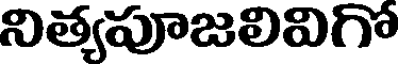
నిత్యపూజలివిగో